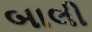
બાલી